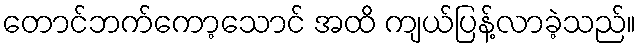
တောင်ဘက်ကော့သောင် အထိ ကျယ်ပြန့်လာခဲ့သည်။